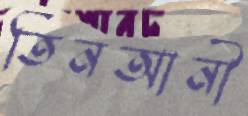
তিনআনী